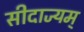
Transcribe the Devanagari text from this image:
सीदाज्यम्